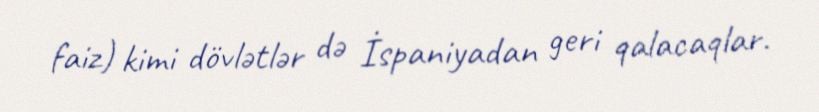
faiz) kimi dövlətlər də İspaniyadan geri qalacaqlar.